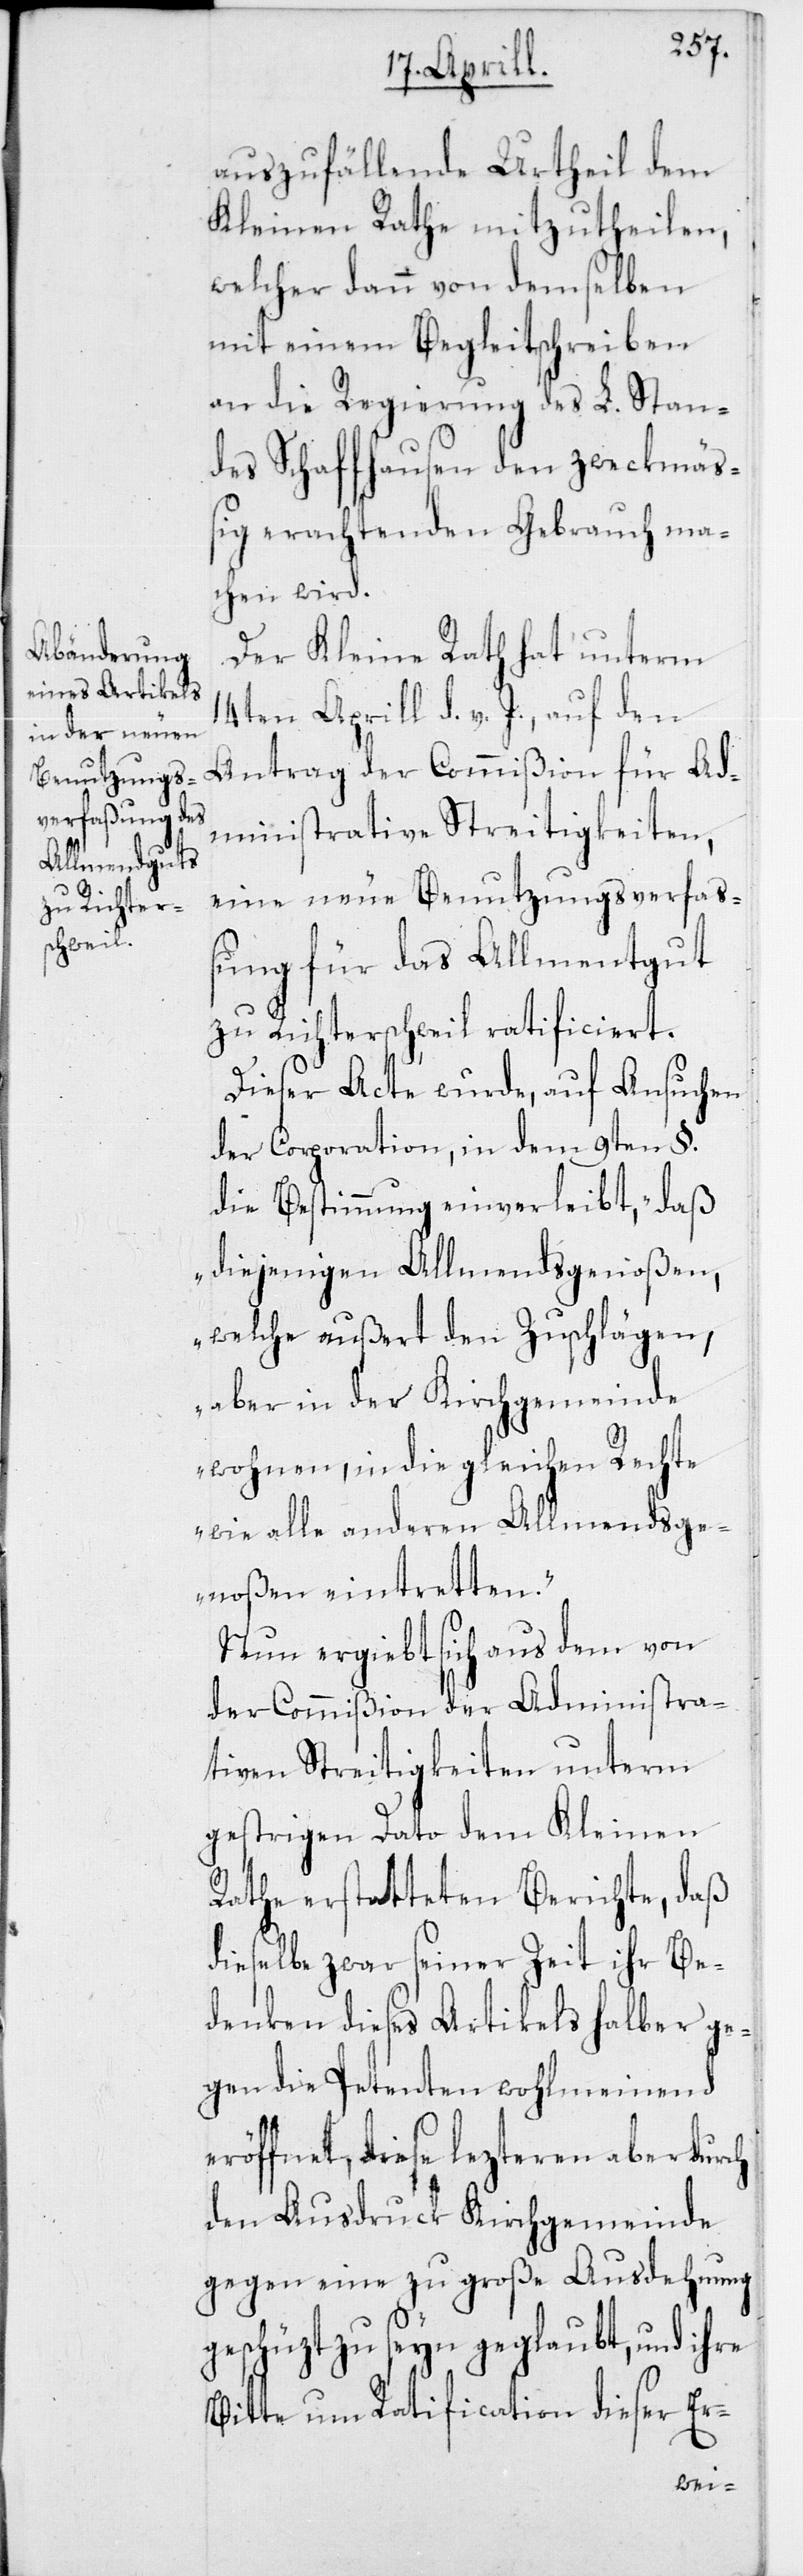
auszufällende Urtheil dem
Kleinen Rathe mitzutheilen,
welcher dann von demselben
mit einem Begleitschreiben
an die Regierung des L. Stan¬
des Schaffhausen den zweckmä¬
ßig erachtenden Gebrauch ma¬
chen wird.
Der Kleine Rath hat unterm
14ten Aprill d. v. J., auf den
Antrag der Commißion für Ad¬
ministrative Streitigkeiten,
eine neue Benutzungsverfa¬
ßung für das Allmentgut
zu Richterschweil ratificiert.
Dieser Acte wurde, auf Ansuchen
der Corporation, in dem 9ten §.
die Bestimmung einverleibt, „daß
diejenigen Allmendsgenoßen,
welche außert den Zuschlägen,
aber in der Kirchgemeinde
wohnen, in die gleiche Rechte
wie alle anderen Allmendsge¬
noßen eintretten.“
Nun ergiebt sich aus dem von
der Commißion der Administra¬
tiven Streitigkeiten unterm
gestrigen Dato dem Kleinen
Rathe erstatteten Berichte, daß
dieselbe zwar seiner Zeit ihr Be¬
denken dieses Artikels halber ge¬
gen die Petenten wohlmeinend
eröffnet, diese lezteren aber durch
den Ausdruck Kirchgemeinde
gegen eine zu große Ausdehnung
geschüzt zu seyn geglaubt, und ihre
Bitte um Ratification dieser Er-